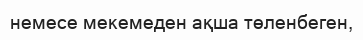
немесе мекемеден ақша төленбеген,